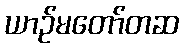
ယာဉ်မတော်တဆ